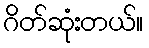
ဂိတ်ဆုံးတယ်။